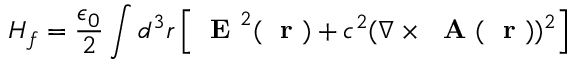
H _ { f } = \frac { \epsilon _ { 0 } } { 2 } \int d ^ { 3 } r \left[ \mathrm { ~ \bf ~ E ~ } ^ { 2 } ( \mathrm { ~ \bf ~ r ~ } ) + c ^ { 2 } ( \nabla \times \mathrm { ~ \bf ~ A ~ } ( \mathrm { ~ \bf ~ r ~ } ) ) ^ { 2 } \right]